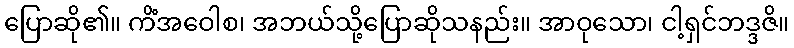
ပြောဆို၏။ ကိံအဝေါစ၊ အဘယ်သို့ပြောဆိုသနည်း။ အာဝုသော၊ ငါ့ရှင်ဘဒ္ဒဇိ။